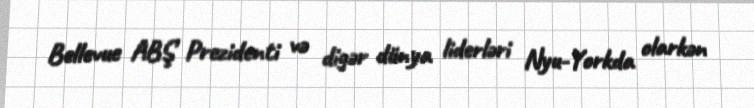
Bellevue ABŞ Prezidenti və digər dünya liderləri Nyu-Yorkda olarkən